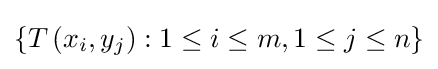
\left\{T\left(x_{i},y_{j}\right):1\leq i\leq m,1\leq j\leq n\right\}